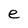
Character: e